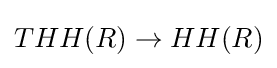
THH(R)\to HH(R)